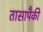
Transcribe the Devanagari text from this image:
तासापैकी